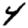
Digit: 4